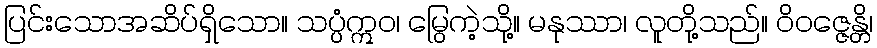
ပြင်းသောအဆိပ်ရှိသော။ သပ္ပံဣဝ၊ မြွေကဲ့သို့။ မနုဿာ၊ လူတို့သည်။ ဝိဝဇ္ဇေန္တိ၊